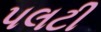
પલટી